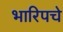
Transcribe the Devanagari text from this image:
भारिपचे